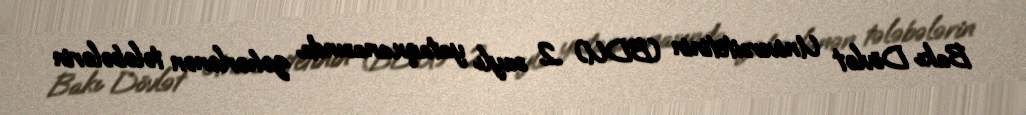
Bakı Dövlət Universitetinin (BDU) 2 saylı yataqxanasında zəhərlənən tələbələrin